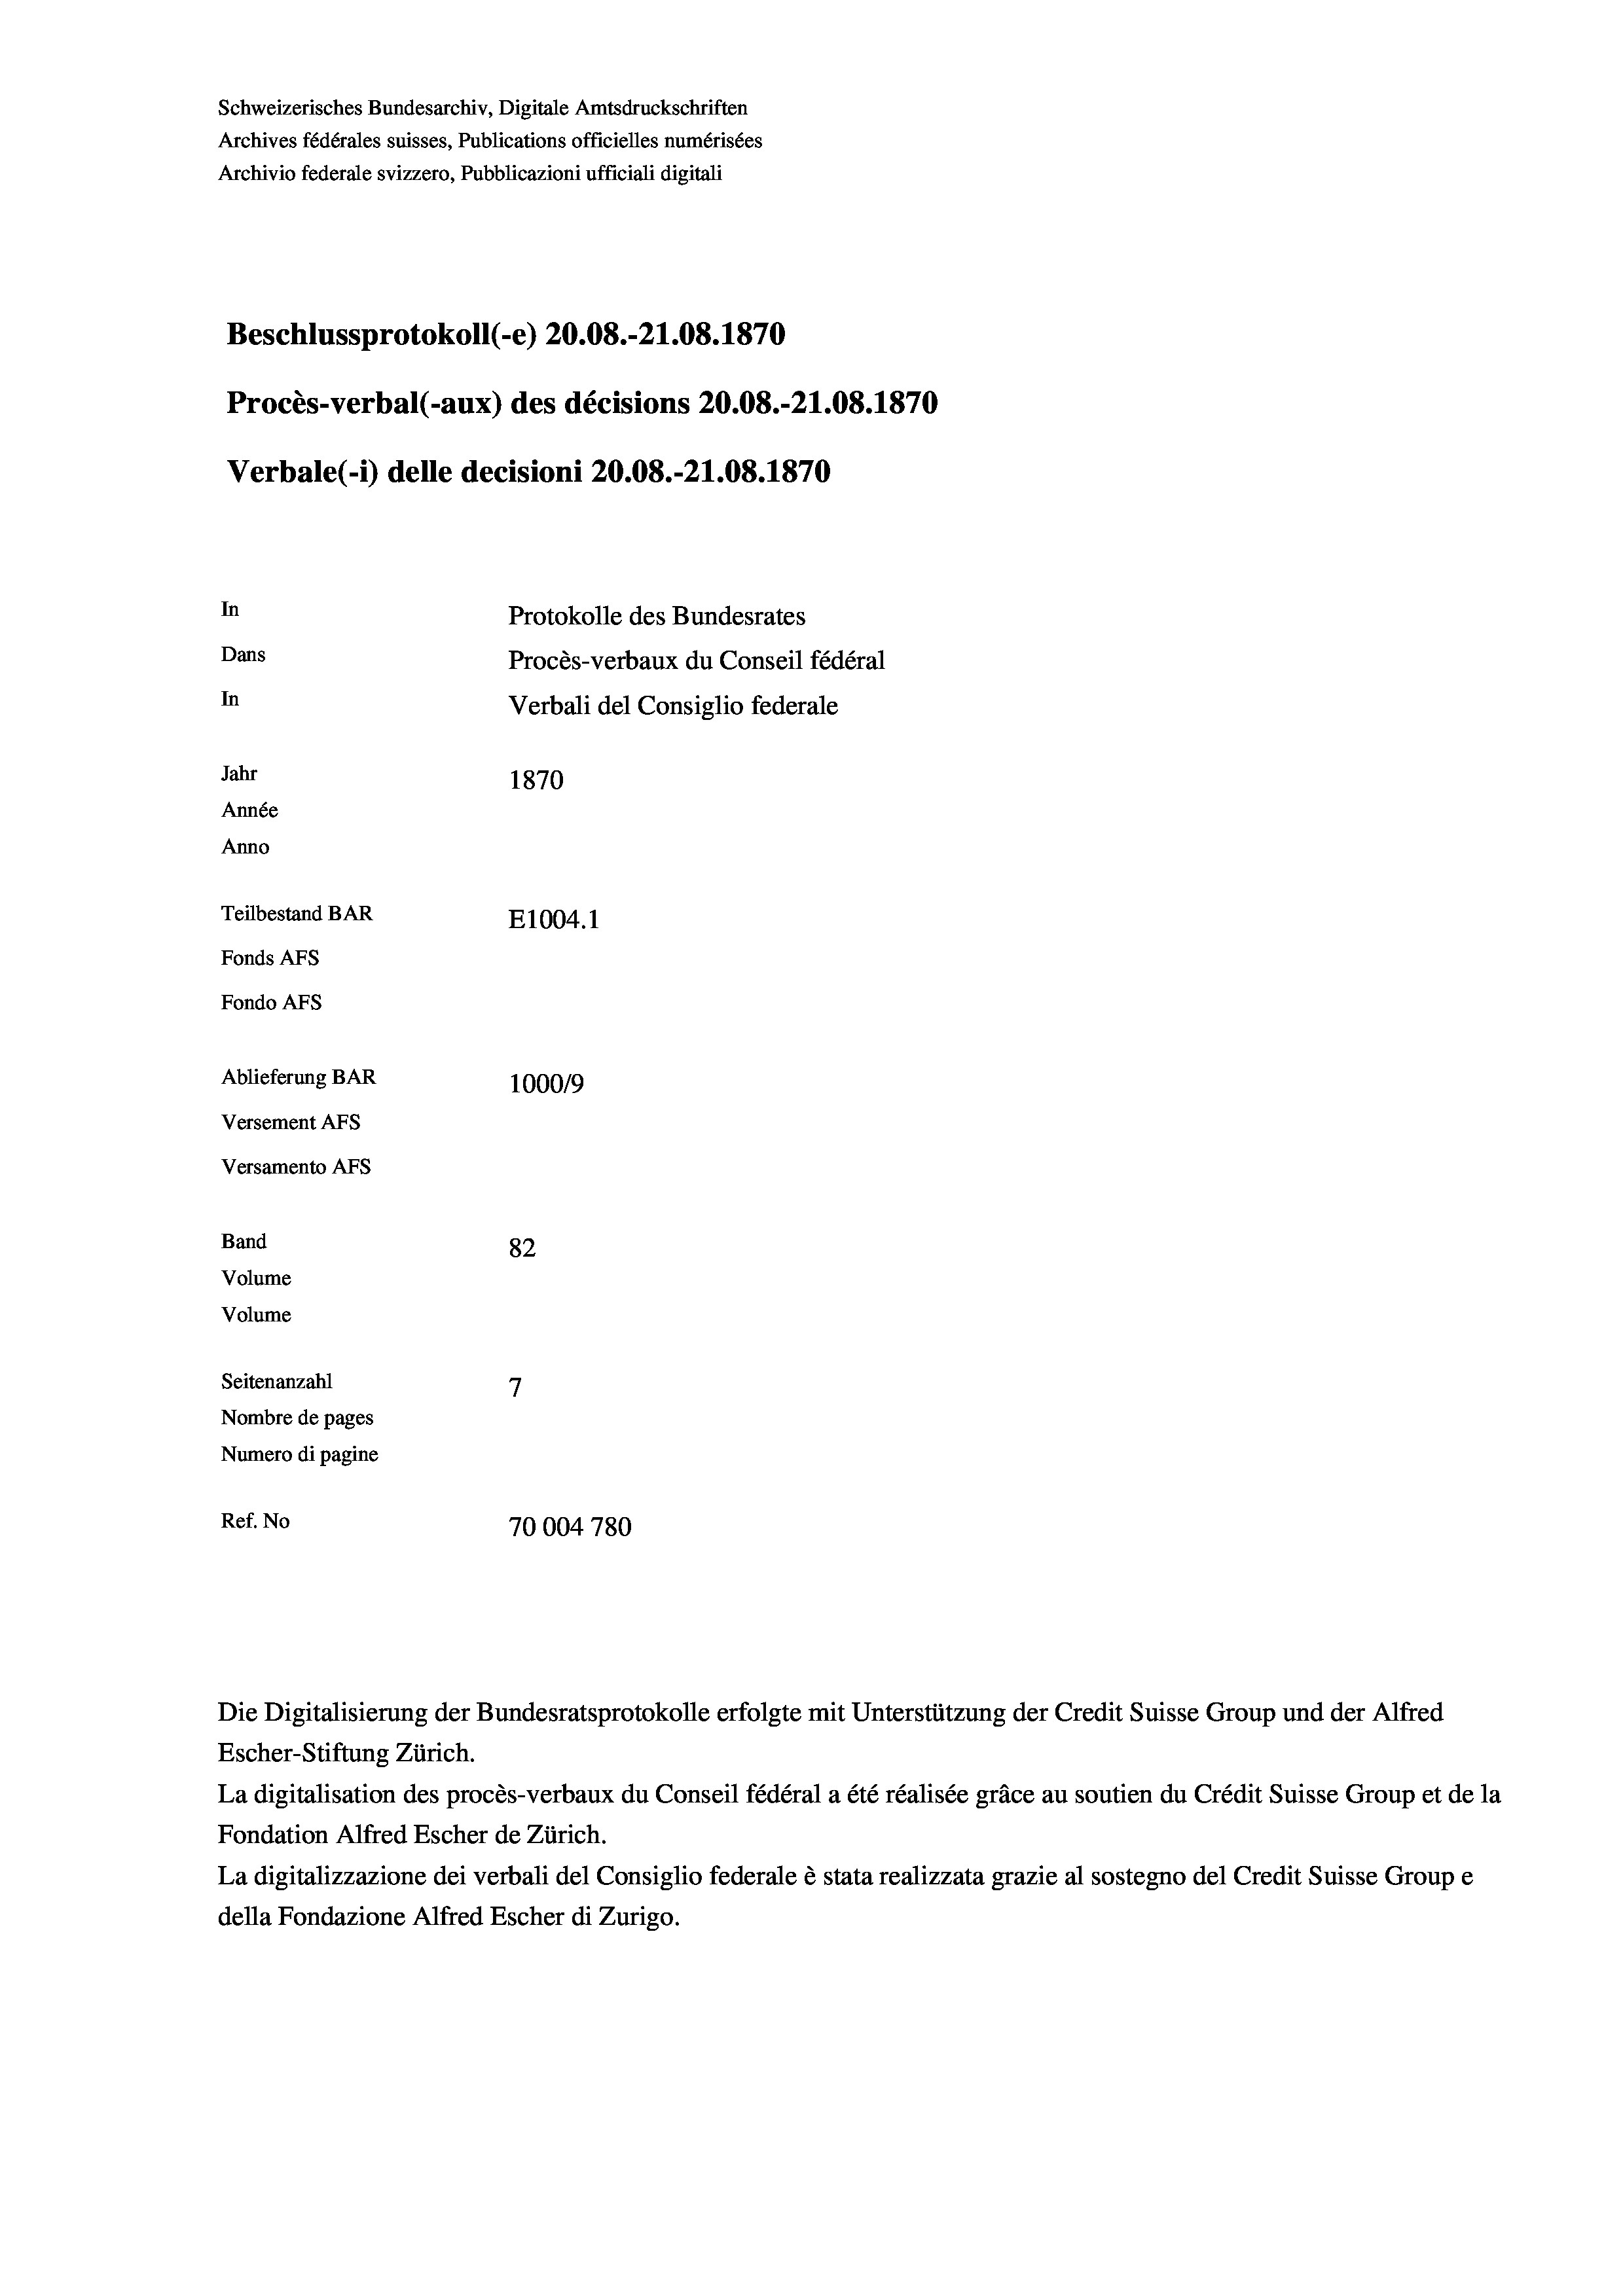
Schweizerisches Bundesarchiv, Digitale Amtsdruckschriften
Archives fédérales suisses, Publications officielles numérisées
Archivio federale svizzero, Pubblicazioni ufficiali digitali
Beschlussprotokoll (-e) 20.08.-21.08. 1870
Procès-verbal (-aux) des décisions 20.08.-21.08. 1870
Verbale(-*) delle decisioni 20.08.-21.08. 1870
In
Protokolle des Bundesrates
Dans
Procès-verbaux du Conseil fédéral
In
Verbali del Consiglio federale
Jahr
1870
Année
Anno
Teilbestand BAR
E1004. 1
Fonds AFs
Fondo AFS
Ablieferung BAR
100019
Versement As
Versamento AFs
Band
82
Volume
Volume
7
Seitenanzahl

Nombre de pages
Numero di pagine
Ref. No
70004 780

Escher-Stiftung Zürich.
La digitalisation des procès-verbaux du Conseil fédéral a été réalisée gräce au soutien du Crédit Suisse Group et de la
Fondation Alfred Escher de Zürich.
La digitalizzazione dei verbali del Consiglio federale è stata realizzata grazie al sostegno del Credit Suisse Groupe
della Fondazione Alfred Escher di Zurigo.

Die Digitalisierung der Bundesratsprotokolle erfolgte mit Unterstützung der Credit Suisse Group und der Alfred